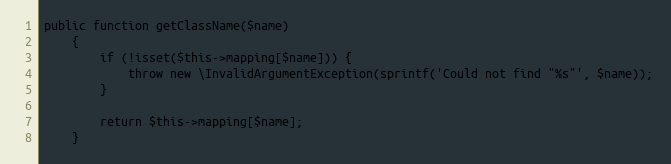
Language: PHP
public function getClassName($name)
    {
        if (!isset($this->mapping[$name])) {
            throw new \InvalidArgumentException(sprintf('Could not find "%s"', $name));
        }

        return $this->mapping[$name];
    }